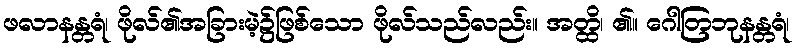
ဖလာနန္တရံ၊ ဖိုလ်၏အခြားမဲ့၌ဖြစ်သော ဖိုလ်သည်လည်း။ အတ္ထိ၊ ၏။ ဂေါတြဘုနန္တရံ၊